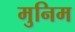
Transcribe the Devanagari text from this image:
मुनिम